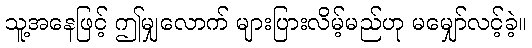
သူ့အနေဖြင့် ဤမျှလောက် များပြားလိမ့်မည်ဟု မမျှော်လင့်ခဲ့။